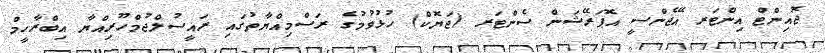
ޖޮއިންޓް އިންޓަރ އޭޖެންސީ އޮޕަރޭޝަން ސެންޓަރ (ޖަޔޮކް) ހުޅުވުމުގެ ރަސްމިއްޔާތުގައި ރައީސުލްޖުމްހޫރިއްޔާ އިބްރާހީމް